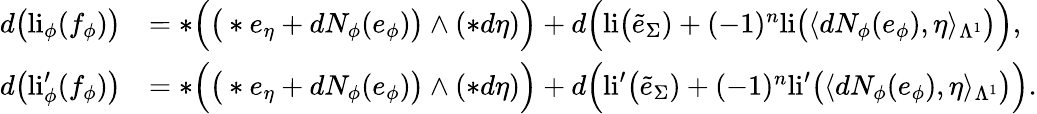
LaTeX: \begin{array}{rl}{d\big(\mathrm{li}_{\phi}(f_{\phi})\big)}&{=\ast\Big(\big(\ast e_{\eta}+dN_{\phi}(e_{\phi})\big)\wedge(\ast d\eta)\Big)+d\Big(\mathrm{li}\big(\tilde{e}_{\Sigma})+(-1)^{n}\mathrm{li}\big(\langle dN_{\phi}(e_{\phi}),\eta\rangle_{\Lambda^{1}}\big)\Big),}\\ {d\big(\mathrm{li}_{\phi}^{\prime}(f_{\phi})\big)}&{=\ast\Big(\big(\ast e_{\eta}+dN_{\phi}(e_{\phi})\big)\wedge(\ast d\eta)\Big)+d\Big(\mathrm{li}^{\prime}\big(\tilde{e}_{\Sigma})+(-1)^{n}\mathrm{li}^{\prime}\big(\langle dN_{\phi}(e_{\phi}),\eta\rangle_{\Lambda^{1}}\big)\Big).}\end{array}